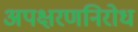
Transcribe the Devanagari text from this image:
अपक्षरणनिरोध